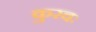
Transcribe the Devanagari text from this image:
कुरवः